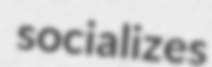
socializes